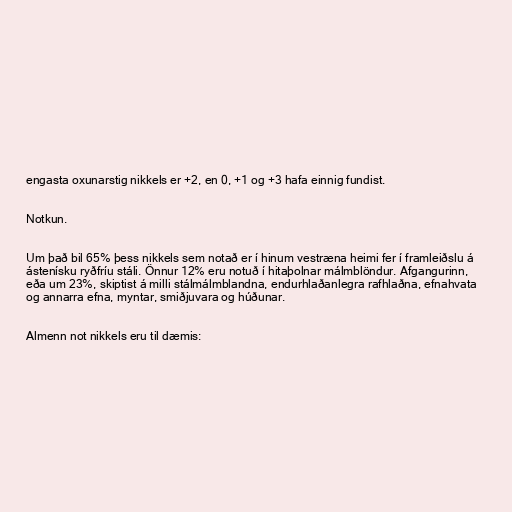
engasta oxunarstig nikkels er +2, en 0, +1 og +3 hafa einnig fundist.

Notkun.

Um það bil 65% þess nikkels sem notað er í hinum vestræna heimi fer í framleiðslu á
ástenísku ryðfríu stáli. Önnur 12% eru notuð í hitaþolnar málmblöndur. Afgangurinn,
eða um 23%, skiptist á milli stálmálmblandna, endurhlaðanlegra rafhlaðna, efnahvata
og annarra efna, myntar, smiðjuvara og húðunar.

Almenn not nikkels eru til dæmis: